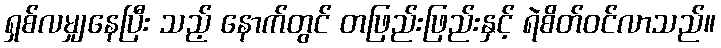
ရှစ်လမျှနေပြီး သည့် နောက်တွင် တဖြည်းဖြည်းနှင့် ရဲစိတ်ဝင်လာသည်။